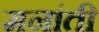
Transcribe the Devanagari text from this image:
मनांती